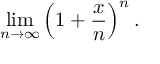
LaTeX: \operatorname* { l i m } _ { n \to \infty } \left( 1 + { \frac { x } { n } } \right) ^ { n } .